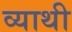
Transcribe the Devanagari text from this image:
व्याथी